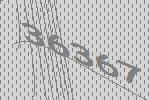
36367